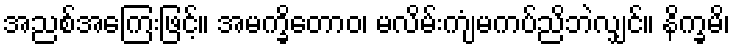
အညစ်အကြေးဖြင့်။ အမက္ခိတောဝ၊ မလိမ်းကျံမကပ်ညိဘဲလျှင်။ နိက္ခမိ၊